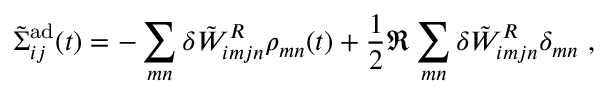
\tilde { \Sigma } _ { i j } ^ { \mathrm { a d } } ( t ) = - \sum _ { m n } \delta \tilde { W } _ { i m j n } ^ { R } \rho _ { m n } ( t ) + \frac { 1 } { 2 } \Re \sum _ { m n } \delta \tilde { W } _ { i m j n } ^ { R } \delta _ { m n } ~ ,